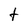
Character: t